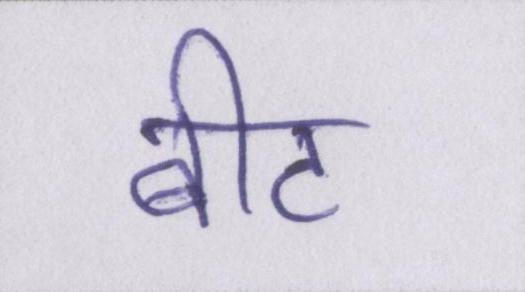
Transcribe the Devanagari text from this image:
बीट